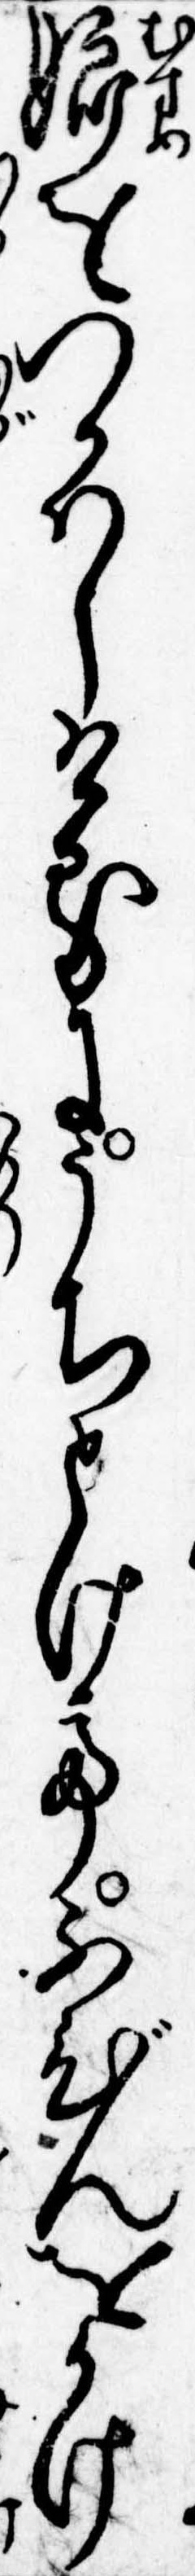
娘をつかはしけるにうちとけてふびんをかけ